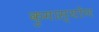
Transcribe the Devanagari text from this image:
कुमास्योंण